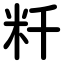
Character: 粁